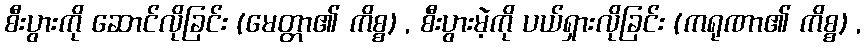
စီးပွားကို ဆောင်လိုခြင်း (မေတ္တာ၏ ကိစ္စ) , စီးပွားမဲ့ကို ပယ်ရှားလိုခြင်း (ကရုဏာ၏ ကိစ္စ) ,